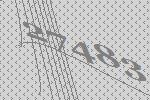
27483